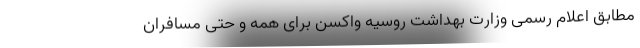
مطابق اعلام رسمی وزارت بهداشت روسیه واکسن برای همه و حتی مسافران